画像に写った文字を読んでください
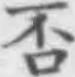
「否」と書いてあります